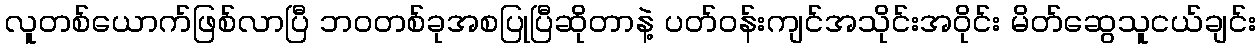
လူတစ်ယောက်ဖြစ်လာပြီ ဘဝတစ်ခုအစပြုပြီဆိုတာနဲ့ ပတ်ဝန်းကျင်အသိုင်းအဝိုင်း မိတ်ဆွေသူငယ်ချင်း